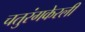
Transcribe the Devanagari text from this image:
चतुरंगकेरली